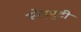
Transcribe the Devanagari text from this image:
स्नेहपुटी